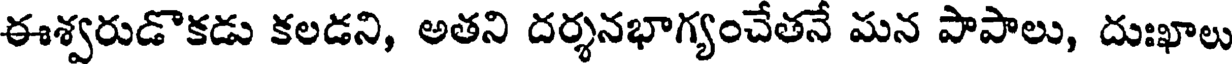
ఈశ్వరుడొకడు కలడని, అతని దర్శనభాగ్యంచేతనే మన పాపాలు, దుఃఖాలు